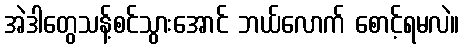
အဲဒါတွေသန့်စင်သွားအောင် ဘယ်လောက် စောင့်ရမလဲ။